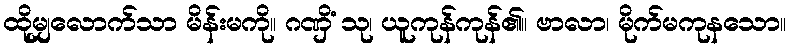
ထိုမျှလောက်သာ မိန်းမကို။ ဂဏှိံ သု၊ ယူကုန်ကုန်၏။ ဗာလာ၊ မိုက်မကုနသော။